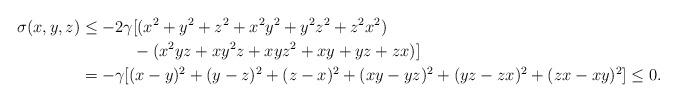
LaTeX: \begin{align*}\sigma(x,y,z) &\le -2\gamma [(x^2+y^2+z^2+x^2y^2+y^2z^2+z^2x^2) \\& \phantom{\le -2\gamma[}-(x^2yz+xy^2z+xyz^2+xy+yz+zx)]\\&= -\gamma [(x-y)^2+(y-z)^2+(z-x)^2+(xy-yz)^2+(yz-zx)^2+(zx-xy)^2]\le0.\end{align*}